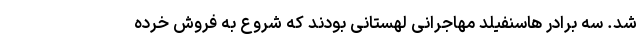
شد. سه برادر هاسنفیلد مهاجرانی لهستانی بودند که شروع به فروش خرده